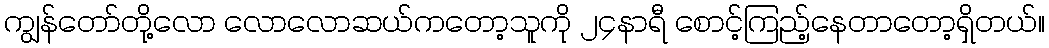
ကျွန်တော်တို့လော လောလောဆယ်ကတော့သူကို ၂၄နာရီ စောင့်ကြည့်နေတာတော့ရှိတယ်။